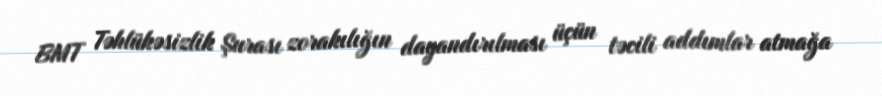
BMT Təhlükəsizlik Şurası zorakılığın dayandırılması üçün təcili addımlar atmağa